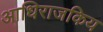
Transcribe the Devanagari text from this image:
आधिराजकिय